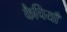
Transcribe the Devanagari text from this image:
कैचियाँ